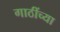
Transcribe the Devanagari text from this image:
गाठींच्या